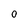
Character: O